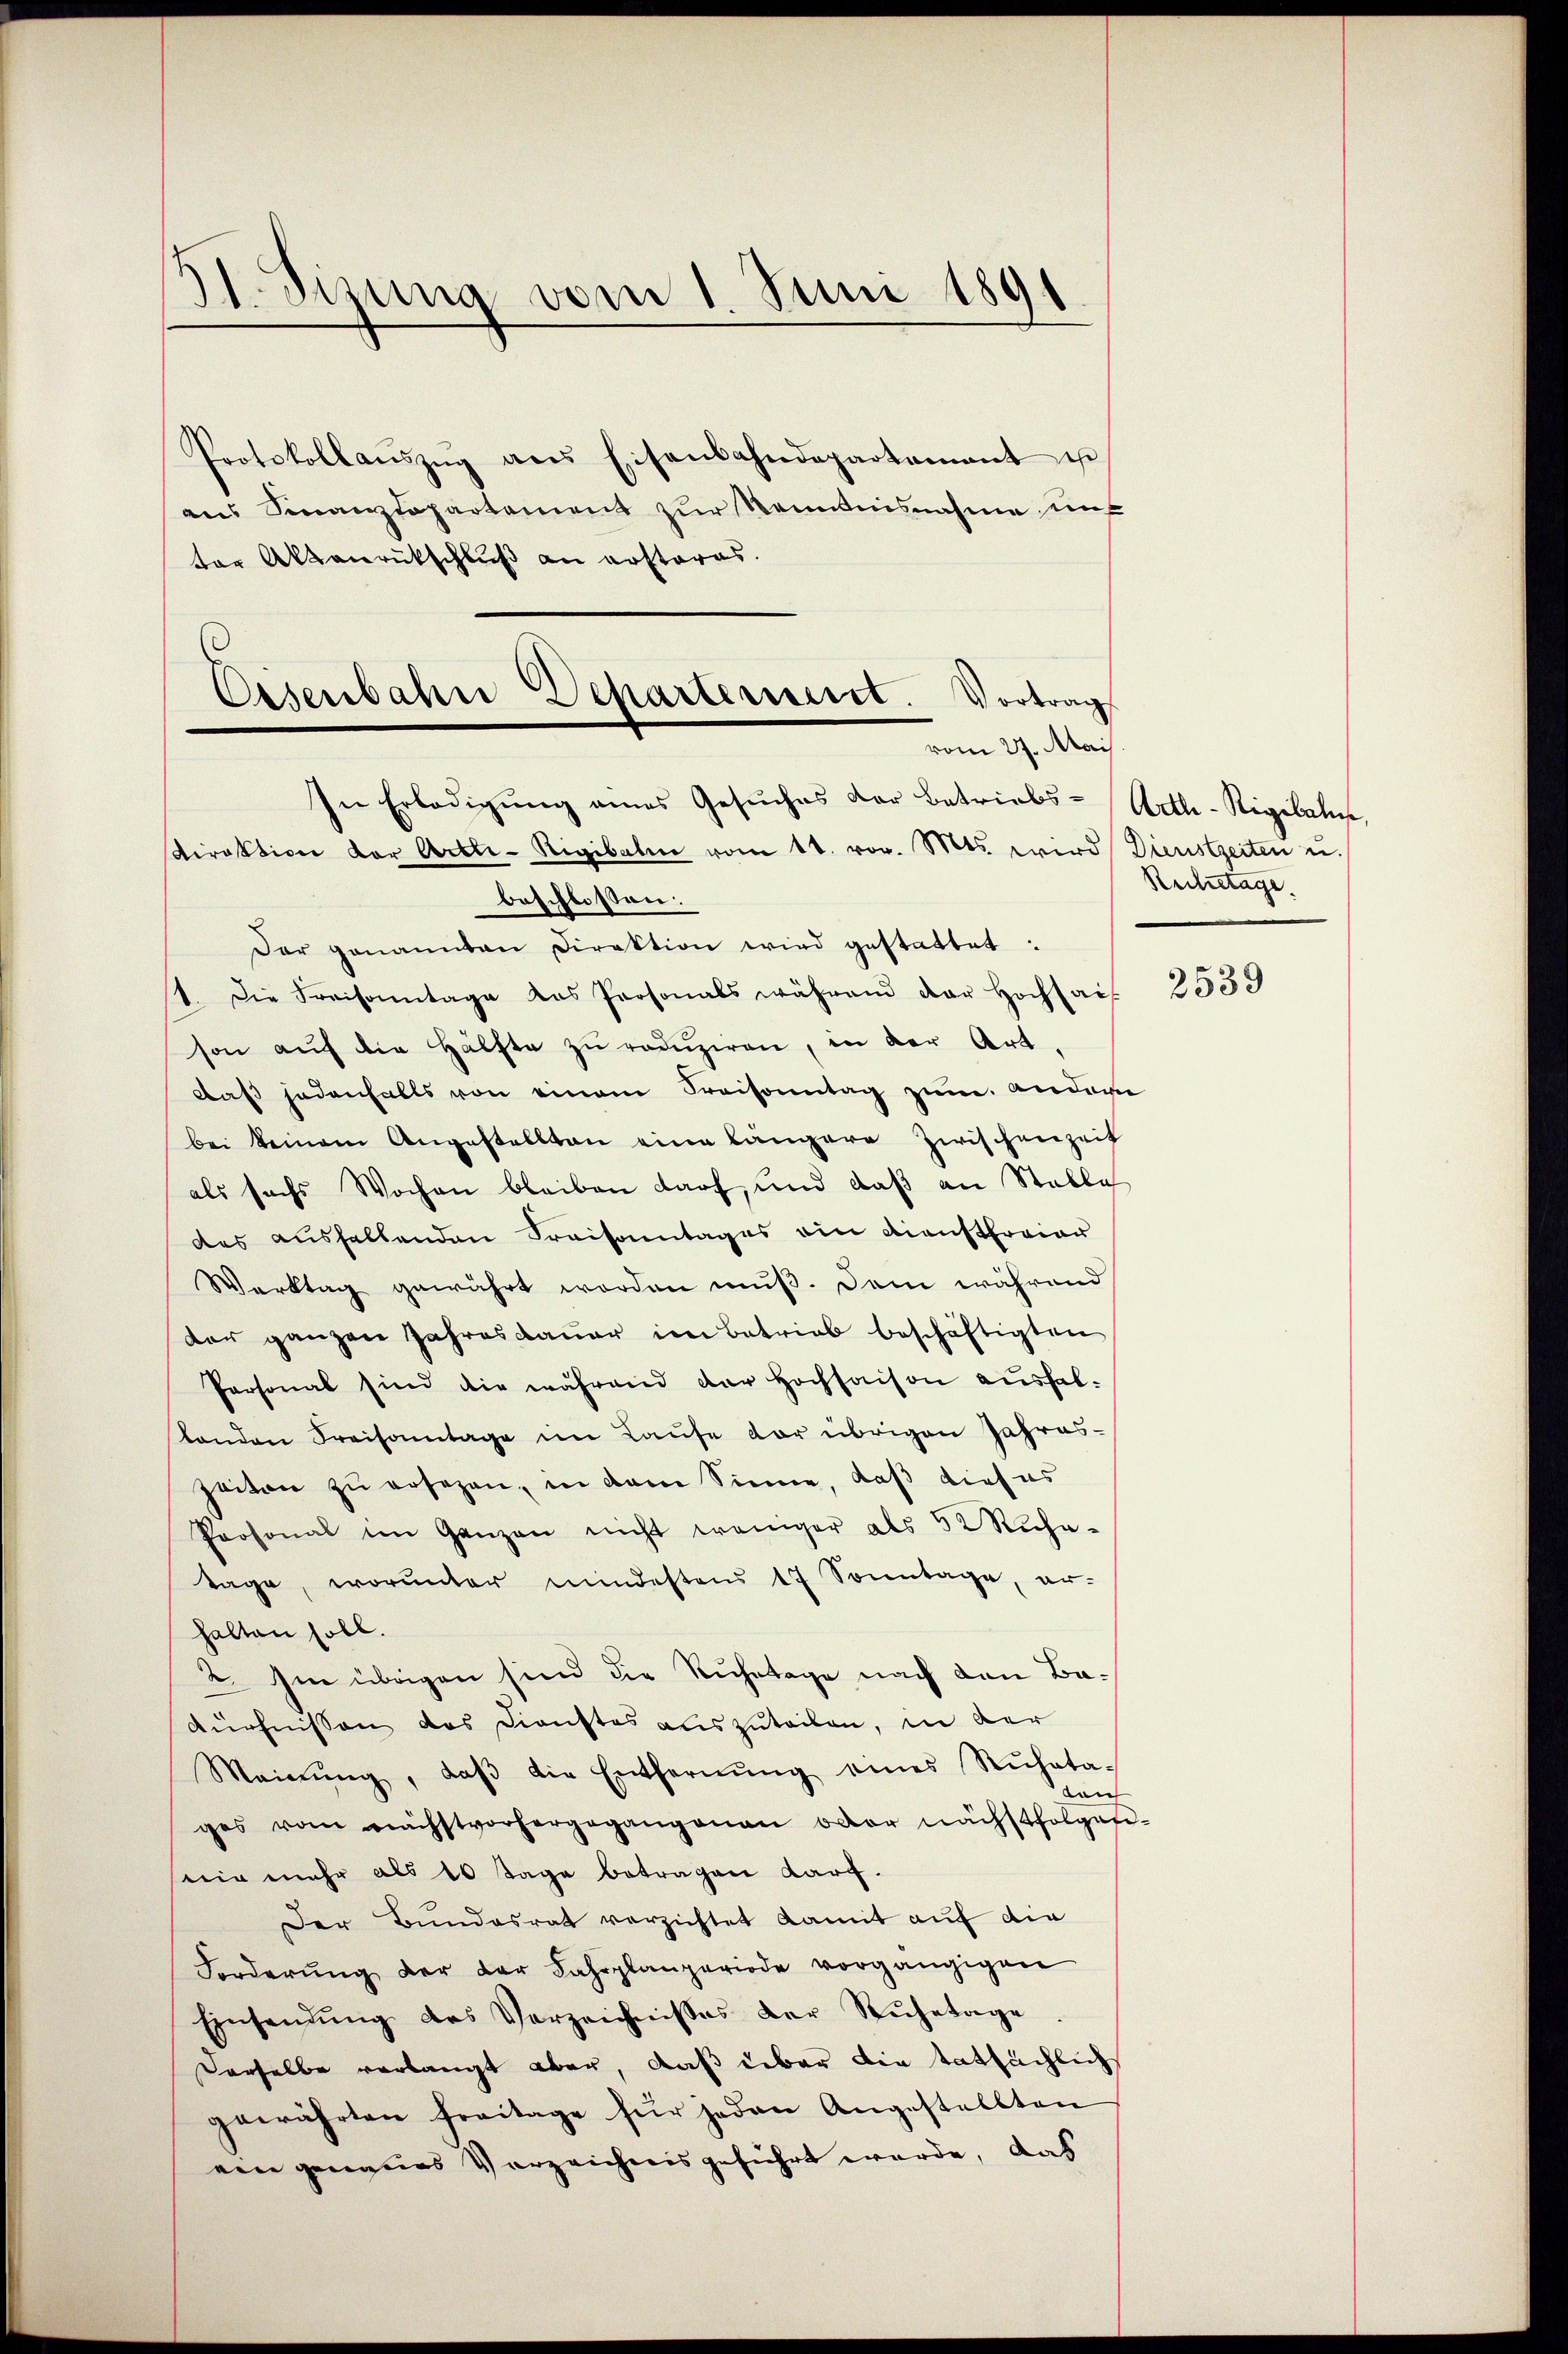
91. Sizung vom 1 Juni 1891
.

Protokollaŭszŭg aus Eisenbahndepartamant u
aus Finanzdepartement zur Kenntnisnahme uns
ter Aktenrückschluß an ersteres.

Eisenbahne Departement. Vortrag
vom 27. Mai.
In Erledigŭng eines Gesŭches der Betriebs-Arth-Rigibale,
sdirektion der Arbei-Rigibale vom 11. vor. Mts. wird Dienstzeiten u.

beschlossen:
Dar genannten Direktion wird gestattet:
st. Die Kraisonntage das Personals während der Hochsais
son aŭf die Hälfte zŭ redŭziren, in der Art,
Daß jedenfalls von einem Kraisonntag zum andern
bei keinem Angestellten eine längere Zwischenzeit
als sechs Wochen bleiben darf, und daβ an Stable
des aushaltenden Kreisamtages ein Dienstfreier
Warktag gewährt worden muß. Dem während
der ganzen Jahresdaŭer im Betrieb beschäftigten
Personal sind die während der Hochsaison aushalstanden Kreisamtage im Laufe dar übrigen Jahres-
zeiten zu ersezen, in dem Sinne, daß dieses
Prosonal im Ganzen nicht weniger als 52 Rŭhe-
tage, worunter mindestens 17 Sonntage, er-
halten soll.
2. Im übrigen sind die Ruhetage nach den Ba¬
Aüchnissen das Dienstes auszuteilen, in der
Meinŭng, daβ die Entfernŭng eines Rŭhata-
Laich
ges vom nächstvorhergegangenen oder nächstfolgen-
mir mehr als 10 Tage betragen darf.
Der Bundesrat verzichtet damit auf die
Forderŭng der der Fahrplanperiode vorgängigen
Einsendŭng des Verzeichnisses der Rŭhetage
Derselbe verlangt aber, daß über die tatsächlich
gewährten Freitage für jeden Angestellten
ein genaues Verzeichnis geführt werde, das

Rechetage.

2539